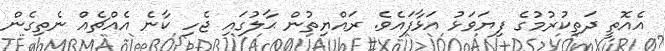
އެއޮތީ ދަތިކުރުމުގެ ފިޔަވަޅު އަޅާފައެވެ. ރައްޔިތުން ޙާލުގައި ޖެހި ކާނެ އެއްޗެއް ނެތިގެން